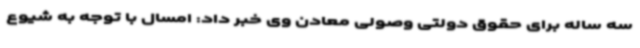
سه ساله برای حقوق دولتی وصولی معادن وی خبر داد: امسال با توجه به شیوع